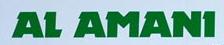
al